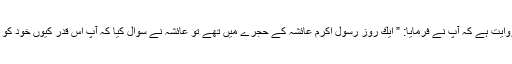
حضرت امام محمد باقر عليہ السلام سے روايت ہے كہ آپ نے فرمايا: ” ايك روز رسول اكرم عائشہ كے حجرے ميں تھے تو عائشہ نے سوال كيا كہ آپ اس قدر كيوں خود كو (عبادت كے لئے) زحمت ميں ڈالتے ہيں؟